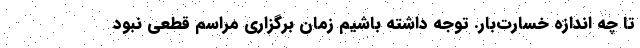
تا چه اندازه خسارت‌بار. توجه داشته باشیم زمان برگزاری مراسم قطعی نبود